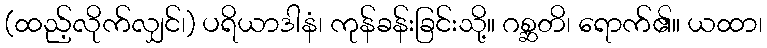
(ထည့်လိုက်လျှင်၊) ပရိယာဒါနံ၊ ကုန်ခန်းခြင်းသို့။ ဂစ္ဆတိ၊ ရောက်၏။ ယထာ၊